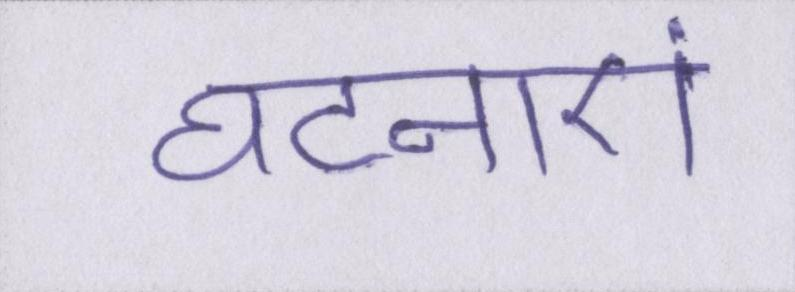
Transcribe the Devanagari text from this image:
घटनाएं